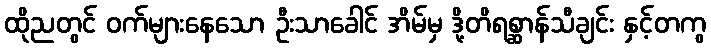
ထိုညတွင် ဝက်များနေသော ဦးသာခေါင် အိမ်မှ ဒို့တိရစ္ဆာန်သီချင်း နှင့်တကွ